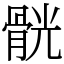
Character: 䯑